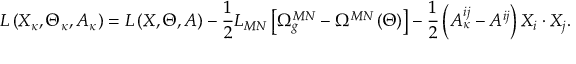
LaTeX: L \left( X _ { \kappa } , \Theta _ { \kappa } , A _ { \kappa } \right) = L \left( X , \Theta , A \right) - \frac 1 2 L _ { M N } \left[ \Omega _ { g } ^ { M N } - \Omega ^ { M N } \left( \Theta \right) \right] - \frac 1 2 \left( A _ { \kappa } ^ { i j } - A ^ { i j } \right) X _ { i } \cdot X _ { j } .